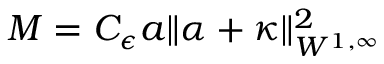
M = C _ { \epsilon } a \| \alpha + \kappa \| _ { W ^ { 1 , \infty } } ^ { 2 }